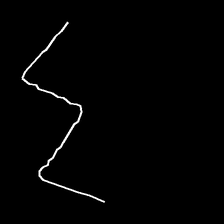
Glyph: crush